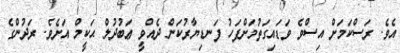
އެވެ. ރަސްކަމަށް އިސްވެ ވަޑައިގަތުމަށްފަހު ފަނޑިޔާރުކަން ދެއްވީ ޢަބުދުލް ޙަކީމް އަށެވެ. ރަދުންގެ